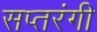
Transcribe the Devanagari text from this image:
सप्‍तरंगी